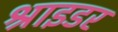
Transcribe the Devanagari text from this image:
श्राइडर